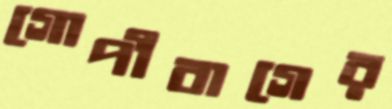
গোপীবাগের